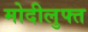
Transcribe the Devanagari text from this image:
मोदीलुफ्त